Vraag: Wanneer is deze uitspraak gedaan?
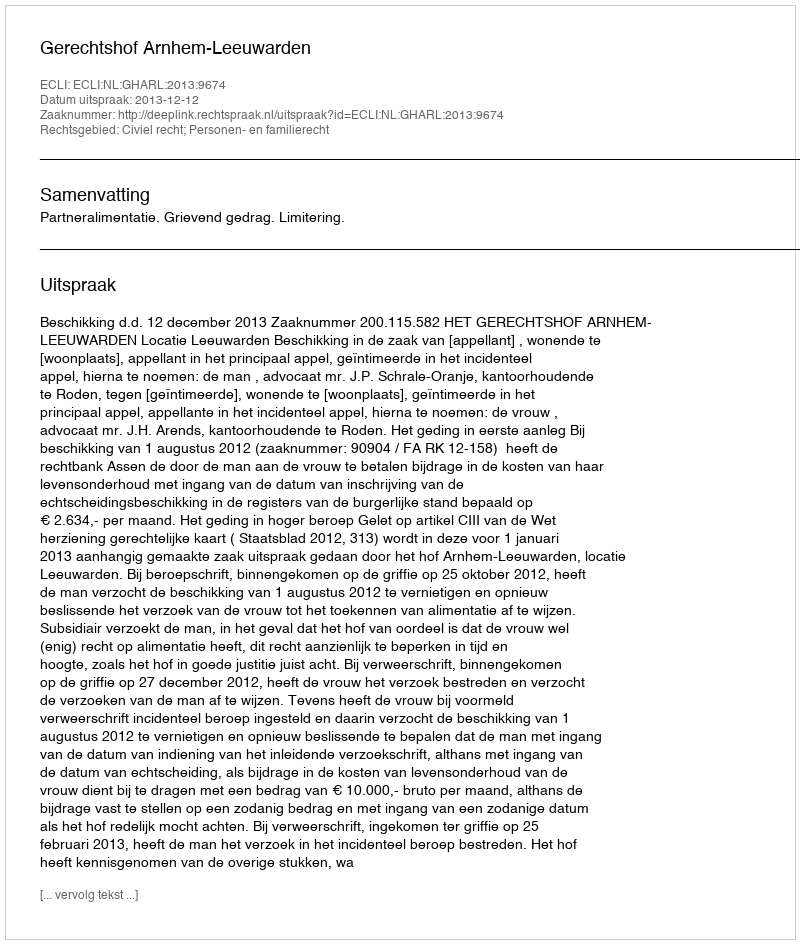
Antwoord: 2013-12-12